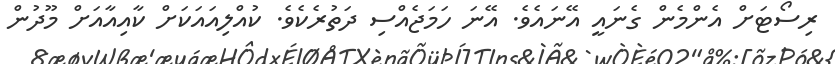
ރިސޯޓަށް އެންމެން ގެނައީ އޭނައެވެ. އޭނަ ހަމަޖެއްސި ދަތުރެކެވެ. ކުއްލިއައަކަށް ކާއިއާއަށް މޫދުން